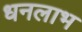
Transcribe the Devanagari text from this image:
धनलाभ